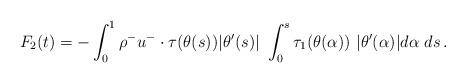
LaTeX: \begin{align*}F_2(t)=-\int_0^1 \rho^- u^-\cdot\tau(\theta(s))|\theta'(s)| \ \int_0^s \tau_1(\theta(\alpha))\ |\theta'(\alpha)|d\alpha\ ds\,.\end{align*}